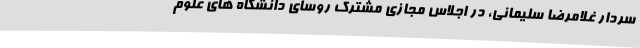
سردار غلامرضا سلیمانی، در اجلاس مجازی مشترک روسای دانشگاه های علوم